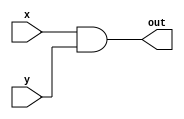
//Data Flow level

//basicgates1.v

module and1(x,y,out);
input x,y;
output out;
assign out = x&y;
endmodule

module or1(x,y,out);
input x,y;
output out;
assign out = x|y;
endmodule

module not1(x,out);
input x;
output out;
assign out = ~x;
endmodule